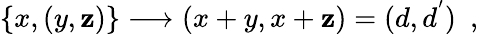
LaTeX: \{ x,(y,\mathbf{z})\} \longrightarrow(x+y,x+\mathbf{z})=(d,d^{'})\ \ ,